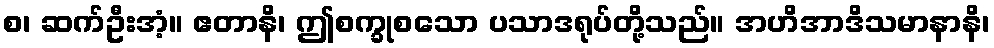
စ၊ ဆက်ဦးအံ့။ ဧတာနိ၊ ဤစက္ခုစသော ပသာဒရုပ်တို့သည်။ အဟိအာဒိသမာနာနိ၊